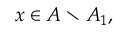
x \in A \setminus A _ { 1 } ,